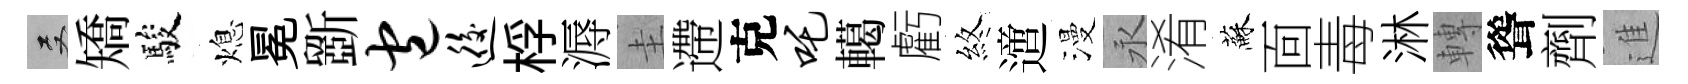
双矯駿熄冕斵包逅桴溽圭遰克吒轕虧煞𨗁漫永淆蘇靣毒淋轉聳劑進